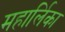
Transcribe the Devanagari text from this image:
महार्लिका